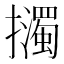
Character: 𢹅